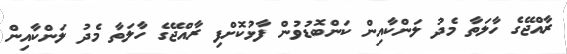
ރާއްޖޭގެ ހާލަތާ މެދު ލަންކާއިން ކަންބޮޑުވުން ފާޅުކޮށްފި ރާއްޖޭގެ ހާލަތާ މެދު ލަންކާއިން